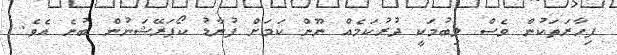
ފިހާރަތަކުން ވެސް ލިބުމަކީ ދުރުކަމެއް ނޫން ކަމަށް ފުނާޑު ކޯޕަރޭޝަނުން ބުނެ އެވެ.